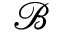
\mathcal { B }